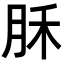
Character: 𣍩